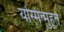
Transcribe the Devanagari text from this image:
यस्मिन्मुहूर्ते